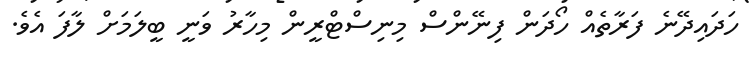
ހަދައިދޭނެ ފަރާތެއް ހޯދަން ފިނޭންސް މިނިސްޓްރީން މިހާރު ވަނީ ބީލަމަށް ލާފަ އެވެ.